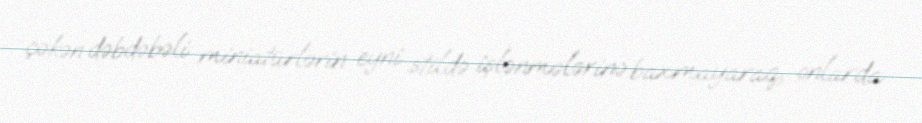
çəkən dəbdəbəli miniatürlərin eyni stildə işlənmələrinə baxmayaraq, onlarda